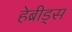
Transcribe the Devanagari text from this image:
हेब्रीड्स